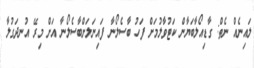
ލައިނެއް ނެތް: ގާޑިއޯލާބަޔާން ކަޓުވާލުމަށް ފަހު ބާސެލޯނާ ފައިނަލަށްބާސެލޯނާ އަށް މިރޭ އުނދަގުލާ